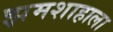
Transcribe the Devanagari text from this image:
झमशाहाला